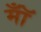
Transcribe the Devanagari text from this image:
मॉँ